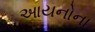
આયનોના